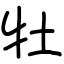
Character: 牡